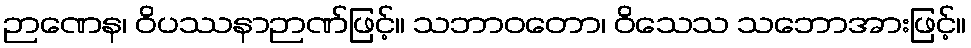
ဉာဏေန၊ ဝိပဿနာဉာဏ်ဖြင့်။ သဘာဝတော၊ ဝိသေသ သဘောအားဖြင့်။